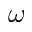
\omega